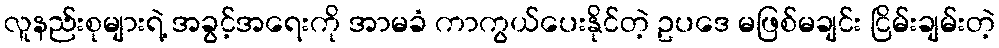
လူနည်းစုများရဲ့ အခွင့်အရေးကို အာမခံ ကာကွယ်ပေးနိုင်တဲ့ ဥပဒေ မဖြစ်မချင်း ငြိမ်းချမ်းတဲ့